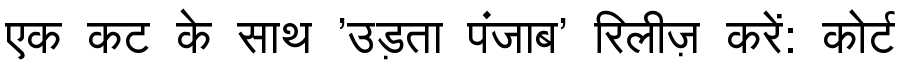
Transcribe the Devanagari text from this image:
एक कट के साथ 'उड़ता पंजाब' रिलीज़ करें: कोर्ट